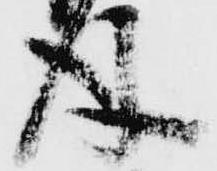
後